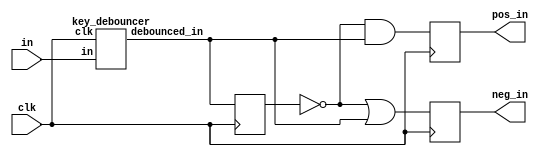
module key_edgedetector(clk,in,pos_in,neg_in);
	input		clk, in;
	output		pos_in, neg_in;
	reg			pos_in, next_pos_in;
	reg			neg_in, next_neg_in;
	reg		 	temp;
    wire debounced_in;
    key_debouncer kd1(clk,in,debounced_in);
	always@(*)begin
		next_pos_in = (~temp)&debounced_in;
		next_neg_in = (~temp)|debounced_in;
	end
	always@(posedge clk) begin
		temp <= debounced_in;
		pos_in <= next_pos_in;
		neg_in <= next_neg_in;
	end
endmodule

module key_debouncer(clk,in,debounced_in);
	input in;
	input clk;
	output debounced_in;
	
	reg [2:0] 	temp;
	wire		debounced_in = (|temp)?1'b1:1'b0;

	always@(posedge clk) begin
		temp[2] <= temp[1];
		temp[1] <= temp[0];
		temp[0] <= in;
	end
endmodule

module key_holder(clk,in,out,reset);
    input clk,in,reset;
    output out;
    
    wire pos_in,neg_in;
    reg value_holder;
	 wire out = value_holder;
    key_edgedetector ked(clk,in,pos_in,neg_in);
    
    always@(posedge clk or negedge reset) begin
        if(!reset)begin
            value_holder <= ~in;//invert the key value
        end
        else begin
            value_holder <= (pos_in)?~value_holder:value_holder;
        end
    end
endmodule